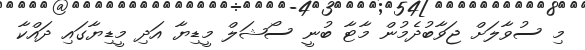
މި ސުވާލަށް ޖަވާބުދެމުން މާޓާ ބުނީ ސޯޝަލް މީޑިޔާ އަދި މީޑިޔާގައި ދައްކާ